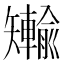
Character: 𪿐